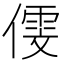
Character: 𠎋